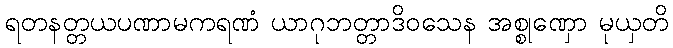
ရတနတ္တယပဏာမကရဏံ ယာဂုဘတ္တာဒိဝသေန အစ္စုဏှော မုယှတိ